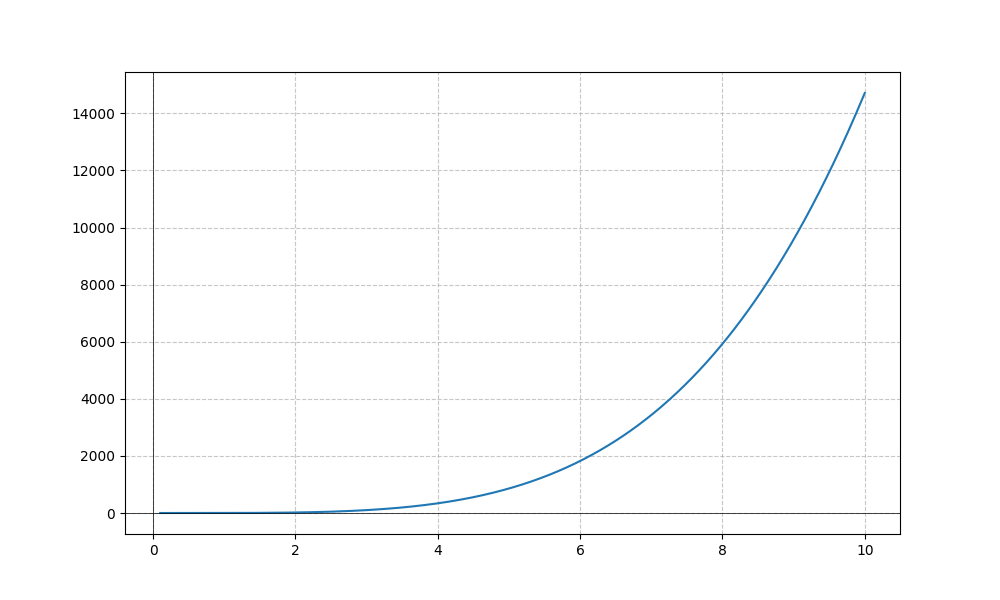
LaTeX formula: x^{4} \operatorname{atan}{\left(x \right)}